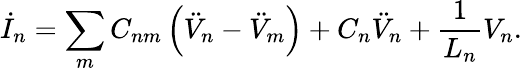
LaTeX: \dot{I}_{n}=\sum_{m}C_{nm}\left(\ddot{V}_{n}-\ddot{V}_{m}\right)+C_{n}\ddot{V}_{n}+\frac{1}{L_{n}}V_{n}.